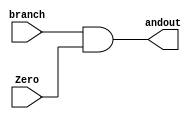
module ANDGATE(branch, Zero, andout);

    input branch;
    input Zero;

    output reg andout;

    assign andout = branch & Zero;


endmodule